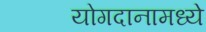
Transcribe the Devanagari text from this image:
योगदानामध्ये